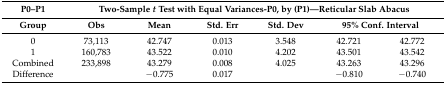
| P0–P1 | <COLSPAN=6> Two-Sample t Test with Equal Variances-P0, by (P1)—Reticular Slab Abacus |
 | Group | Obs | Mean | Std. Err | Std. Dev | <COLSPAN=2> 95% Conf. Interval |
 | --- | --- | --- | --- | --- | --- | --- |
 | 0 | 73,113 | 42.747 | 0.013 | 3.548 | 42.721 | 42.772 |
 | 1 | 160,783 | 43.522 | 0.010 | 4.202 | 43.501 | 43.542 |
 | Combined | 233,898 | 43.279 | 0.008 | 4.025 | 43.263 | 43.296 |
 | Difference |  | −0.775 | 0.017 |  | −0.810 | −0.740 |